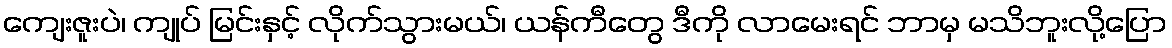
ကျေးဇူးပဲ၊ ကျုပ် မြင်းနှင့် လိုက်သွားမယ်၊ ယန်ကီတွေ ဒီကို လာမေးရင် ဘာမှ မသိဘူးလို့ပြော